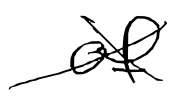
Text: of
Cross-out: cross
Writing tool: digital_black